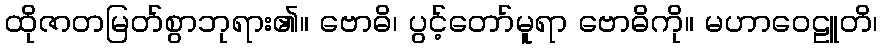
ထိုဇာတမြတ်စွာဘုရား၏။ ဗောဓိ၊ ပွင့်တော်မူရာ ဗောဓိကို။ မဟာဝေဠူတိ၊